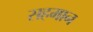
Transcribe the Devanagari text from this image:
सहमान